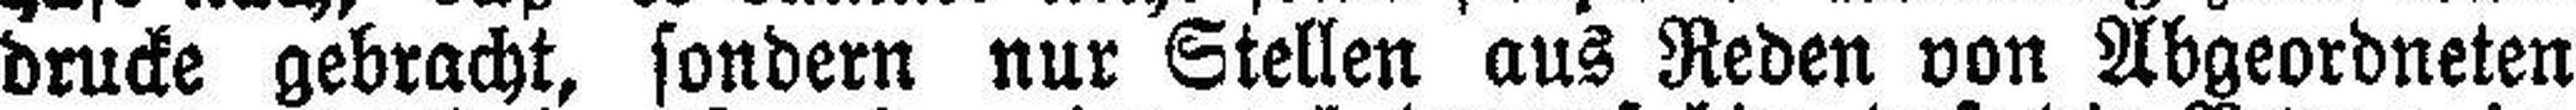
drucke gebracht, sondern nur Stellen aus Reden von Abgeordneten